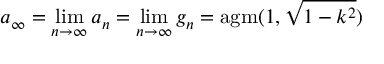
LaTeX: a _ { \infty } = \operatorname* { l i m } _ { n \to \infty } a _ { n } = \operatorname* { l i m } _ { n \to \infty } g _ { n } = \operatorname { a g m } ( 1 , { \sqrt { 1 - k ^ { 2 } } } )